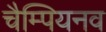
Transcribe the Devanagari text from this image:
चैम्पियनव